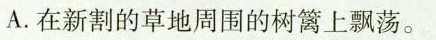
A.在新割的草地周围的树篱上飘荡。